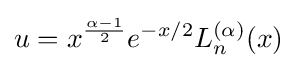
u=x^{\frac {\alpha -1}{2}}e^{-x/2}L_{n}^{(\alpha )}(x)